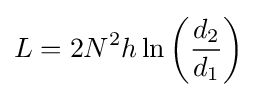
L=2N^{2}h\ln \left({\frac {d_{2}}{d_{1}}}\right)